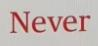
Never